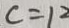
c = 1 2